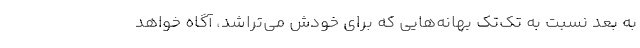
به بعد نسبت به تک‌تک بهانه‌هایی که برای خودش می‌تراشد، آگاه خواهد